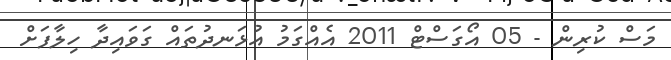
މަސް ކުރިން - 05 އޯގަސްޓް 2011 އެއްގަމު އުޅަނދުތައް ގަވައިދާ ހިލާފަށް